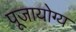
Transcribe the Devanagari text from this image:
पूजायोग्य